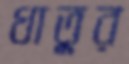
ধাতুর